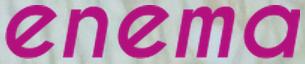
enema